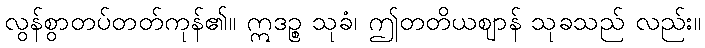
လွန်စွာတပ်တတ်ကုန်၏။ ဣဒဉ္စ သုခံ၊ ဤတတိယဈာန် သုခသည် လည်း။